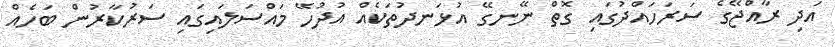
އަދި ރާއްޖޭގެ ސަރަހައްދުގައި ގޮތް ނޭނގޭ އުޅަނދުތަކެއް އުދުހޭ މައްސަލައިގައި ސަރުކާރުން ބަހެއް